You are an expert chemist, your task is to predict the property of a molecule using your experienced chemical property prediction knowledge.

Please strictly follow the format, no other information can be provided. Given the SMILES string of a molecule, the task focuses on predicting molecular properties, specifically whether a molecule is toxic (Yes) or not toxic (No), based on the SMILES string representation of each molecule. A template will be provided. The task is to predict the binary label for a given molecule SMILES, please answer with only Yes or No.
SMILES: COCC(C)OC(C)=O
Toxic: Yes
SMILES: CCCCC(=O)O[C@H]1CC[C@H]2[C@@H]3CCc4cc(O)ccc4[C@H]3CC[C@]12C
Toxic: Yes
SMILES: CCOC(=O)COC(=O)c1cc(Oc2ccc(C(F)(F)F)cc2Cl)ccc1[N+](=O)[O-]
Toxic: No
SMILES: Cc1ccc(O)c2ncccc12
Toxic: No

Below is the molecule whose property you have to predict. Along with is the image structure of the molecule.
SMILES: CNC(=O)c1ccccc1
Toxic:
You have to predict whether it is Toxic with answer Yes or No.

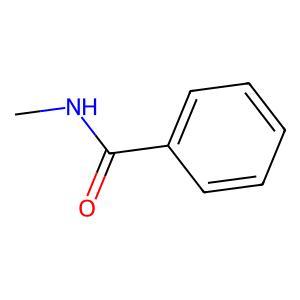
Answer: No